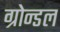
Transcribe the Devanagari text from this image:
ग्रोन्डल